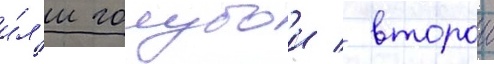
и́л'и голубои / второи